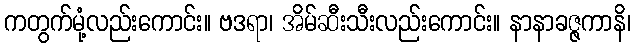
ကတွက်မုံ့လည်းကောင်း။ ဗဒရာ၊ အိမ်ဆီးသီးလည်းကောင်း။ နာနာခဇ္ဇကာနိ၊